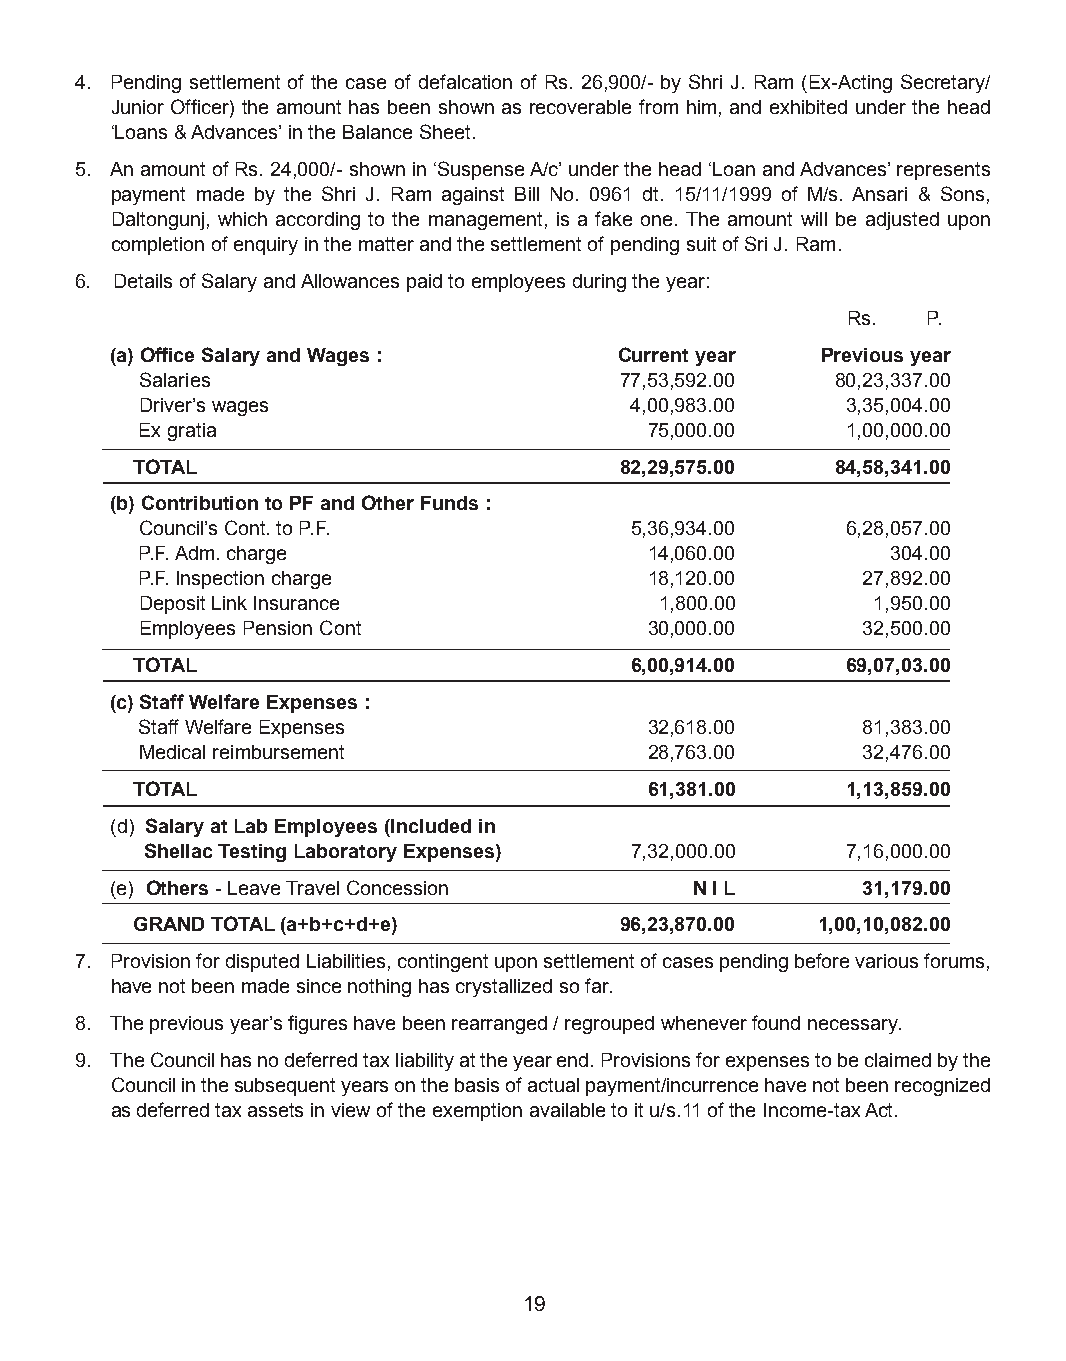
4. Pending settlement of the case of defalcation of Rs. 26,900/- by Shri J. Ram (Ex-Acting Secretary/
 Junior Officer) the amount has been shown as recoverable from him, and exhibited under the head
 ‘Loans & Advances’ in the Balance Sheet.
 5. An amount of Rs. 24,000/- shown in ‘Suspense A/c’ under the head ‘Loan and Advances’ represents
 payment made by the Shri J. Ram against Bill No. 0961 dt. 15/11/1999 of M/s. Ansari & Sons,
 Daltongunj, which according to the management, is a fake one. The amount will be adjusted upon
 completion of enquiry in the matter and the settlement of pending suit of Sri J. Ram.
 6. Details of Salary and Allowances paid to employees during the year:
 Rs.  P.
 (a) Office Salary and Wages :     Current year Previous year
 Salaries                        77,53,592.00  80,23,337.00
 Driver’s wages                   4,00,983.00   3,35,004.00
 Ex gratia                         75,000.00    1,00,000.00
 TOTAL                           82,29,575.00  84,58,341.00
 (b) Contribution to PF and Other Funds :
 Council’s Cont. to P.F.          5,36,934.00   6,28,057.00
 P.F. Adm. charge                  14,060.00       304.00
 P.F. Inspection charge            18,120.00     27,892.00
 Deposit Link Insurance             1,800.00      1,950.00
 Employees Pension Cont            30,000.00     32,500.00
 TOTAL                            6,00,914.00   69,07,03.00
 (c) Staff Welfare Expenses :
 Staff Welfare Expenses            32,618.00     81,383.00
 Medical reimbursement             28,763.00     32,476.00
 TOTAL                             61,381.00    1,13,859.00
 (d) Salary at Lab Employees (Included in
 Shellac Testing Laboratory Expenses) 7,32,000.00 7,16,000.00
 (e) Others - Leave Travel Concession   N I L      31,179.00
 GRAND TOTAL (a+b+c+d+e)         96,23,870.00 1,00,10,082.00
 7. Provision for disputed Liabilities, contingent upon settlement of cases pending before various forums,
 have not been made since nothing has crystallized so far.
 8. The previous year’s figures have been rearranged / regrouped whenever found necessary.
 9. The Council has no deferred tax liability at the year end. Provisions for expenses to be claimed by the
 Council in the subsequent years on the basis of actual payment/incurrence have not been recognized
 as deferred tax assets in view of the exemption available to it u/s.11 of the Income-tax Act.
 19